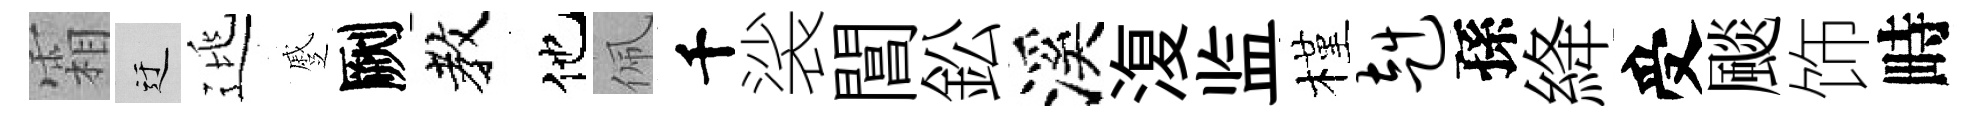
霜迂逃蹙劂教他佩千裟閶鈆溪𣸪监槿赳孫絳受颷饰畤